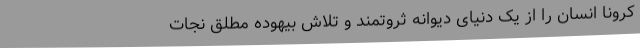
کرونا انسان را از یک دنیای دیوانه ثروتمند و تلاش بیهوده مطلق نجات